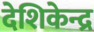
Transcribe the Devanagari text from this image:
देशिकेन्द्र